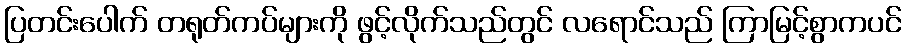
ပြတင်းပေါက် တရုတ်ကပ်များကို ဖွင့်လိုက်သည်တွင် လရောင်သည် ကြာမြင့်စွာကပင်